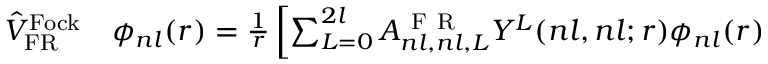
\begin{array} { r l } { \hat { V } _ { \mathrm { F R } } ^ { \mathrm { F o c k } } } & { { } \phi _ { n l } ( r ) = \frac { 1 } { r } \left[ \sum _ { L = 0 } ^ { 2 l } A _ { n l , n l , L } ^ { \mathrm { ~ F ~ R ~ } } Y ^ { L } ( n l , n l ; r ) \phi _ { n l } ( r ) \right. } \end{array}